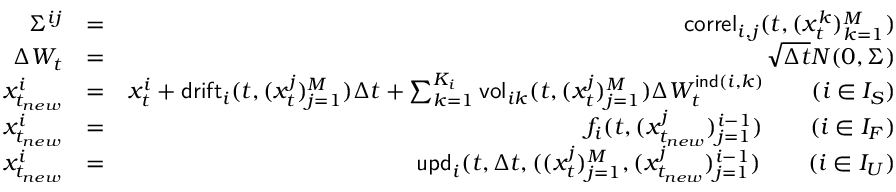
\begin{array} { r l r } { \Sigma ^ { i j } } & { = } & { \mathsf { c o r r e l } _ { i , j } ( t , ( x _ { t } ^ { k } ) _ { k = 1 } ^ { M } ) } \\ { \Delta W _ { t } } & { = } & { \sqrt { \Delta t } N ( 0 , \Sigma ) } \\ { x _ { t _ { n e w } } ^ { i } } & { = } & { x _ { t } ^ { i } + \mathsf { d r i f t } _ { i } ( t , ( x _ { t } ^ { j } ) _ { j = 1 } ^ { M } ) \Delta t + \sum _ { k = 1 } ^ { K _ { i } } \mathsf { v o l } _ { i k } ( t , ( x _ { t } ^ { j } ) _ { j = 1 } ^ { M } ) \Delta W _ { t } ^ { \mathsf { i n d } ( i , k ) } \qquad ( i \in { \cal I } _ { S } ) } \\ { x _ { t _ { n e w } } ^ { i } } & { = } & { f _ { i } ( t , ( x _ { t _ { n e w } } ^ { j } ) _ { j = 1 } ^ { i - 1 } ) \qquad ( i \in { \cal I } _ { F } ) } \\ { x _ { t _ { n e w } } ^ { i } } & { = } & { \mathsf { u p d } _ { i } ( t , \Delta t , ( ( x _ { t } ^ { j } ) _ { j = 1 } ^ { M } , ( x _ { t _ { n e w } } ^ { j } ) _ { j = 1 } ^ { i - 1 } ) \qquad ( i \in { \cal I } _ { U } ) } \end{array}